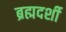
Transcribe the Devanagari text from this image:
ब्रह्मदर्शी